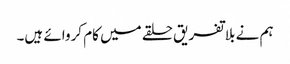
ہم نے بلاتفریق حلقے میں کام کروائے ہیں۔